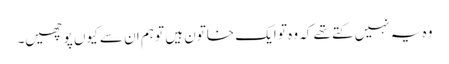
وہ یہ نہیں کتے تھے کہ وہ تو ایک خاتون ہیں تو ہم ان سے کیوں پوچھیں۔